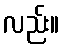
လည်း။